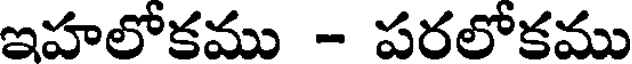
ఇహలోకము - పరలోకము